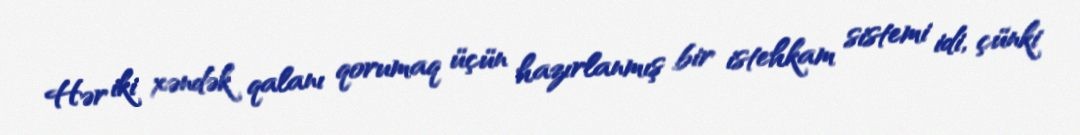
Hər iki xəndək qalanı qorumaq üçün hazırlanmış bir istehkam sistemi idi, çünki